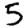
Digit: 5